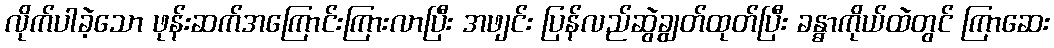
လိုက်ပါခဲ့သော ဖုန်းဆက်အကြောင်းကြားလာပြီး အဖျင်း ပြန်လည်ဆွဲချွတ်ထုတ်ပြီး ခန္ဓာကိုယ်ထဲတွင် ကြာဆေး